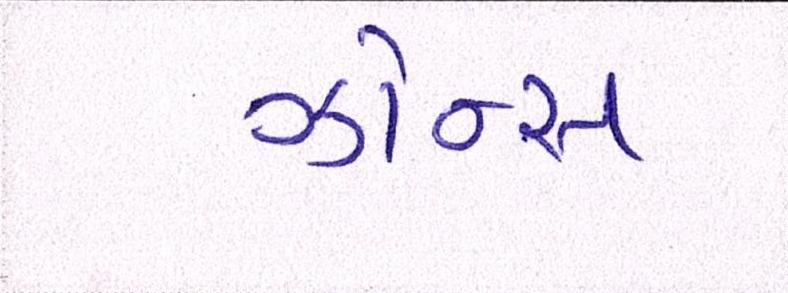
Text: ઝોન્સ